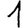
Digit: 1